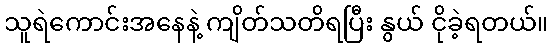
သူရဲကောင်းအနေနဲ့ ကျိတ်သတိရပြီး နွယ် ငိုခဲ့ရတယ်။